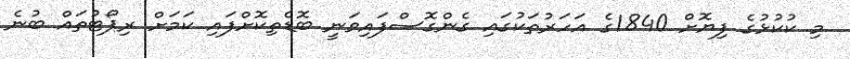
މި ކުކުޅުގެ ފިޔޮށް 1840ގެ އަހަރުތަކުގައި ގެންގޮސްފައިވަނީ ބޮޑެތިކޮށްފައި ކަމަށް ރިޕޯޓުތައް ބުނެ